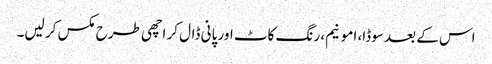
اس کے بعد سوڈا، امونیم، رنگ کاٹ اور پانی ڈال کر اچھی طرح مکس کر لیں۔